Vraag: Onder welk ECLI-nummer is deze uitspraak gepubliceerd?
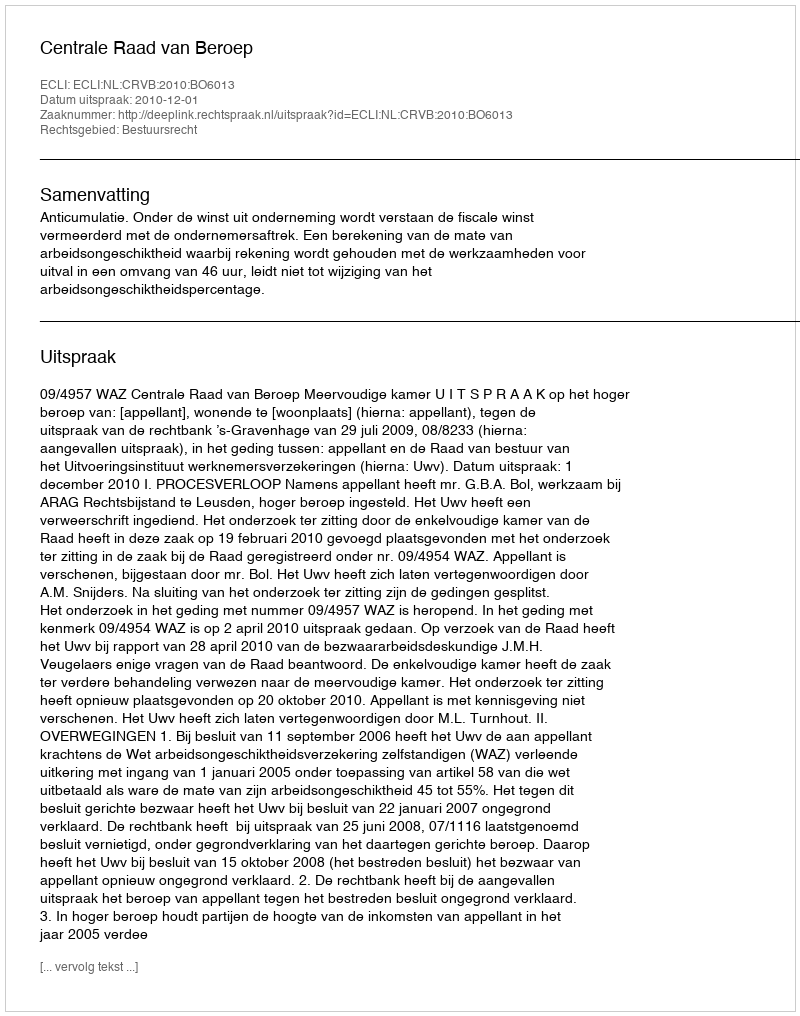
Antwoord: ECLI:NL:CRVB:2010:BO6013